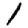
Digit: 1